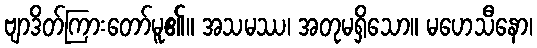
ဗျာဒိတ်ကြားတော်မူ၏။ အသမဿ၊ အတုမရှိသော။ မဟေသီနော၊